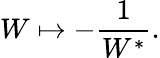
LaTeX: W\mapsto-\frac{1}{W^{*}}.